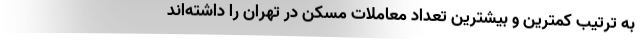
به ترتیب کمترین و بیشترین تعداد معاملات مسکن در تهران را داشته‌اند